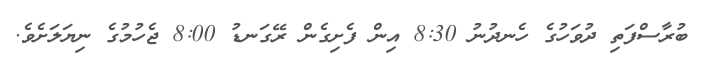
ބުރާސްފަތި ދުވަހުގެ ހެނދުނު 8:30 އިން ފެށިގެން ރޭގަނޑު 8:00 ޖެހުމުގެ ނިޔަލަށެވެ.